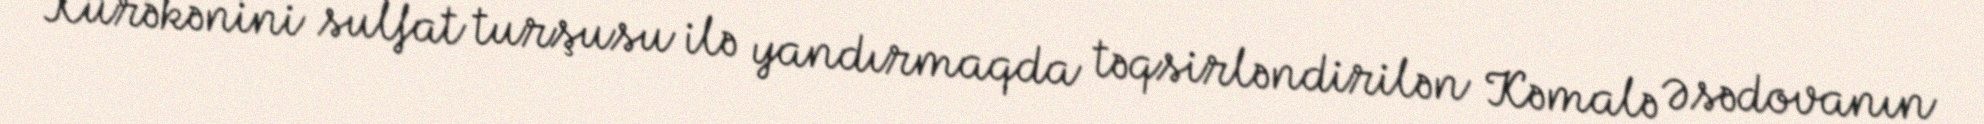
Kürəkənini sulfat turşusu ilə yandırmaqda təqsirləndirilən Kəmalə Əsədovanın